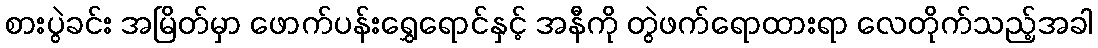
စားပွဲခင်း အမြိတ်မှာ ဖောက်ပန်းရွှေရောင်နှင့် အနီကို တွဲဖက်ရောထားရာ လေတိုက်သည့်အခါ